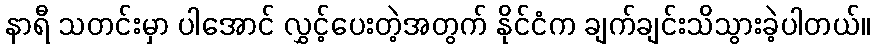
နာရီ သတင်းမှာ ပါအောင် လွှင့်ပေးတဲ့အတွက် နိုင်ငံက ချက်ချင်းသိသွားခဲ့ပါတယ်။